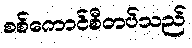
စစ်ကောင်စီတပ်သည်